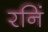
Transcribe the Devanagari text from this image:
रनिं